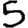
Digit: 5